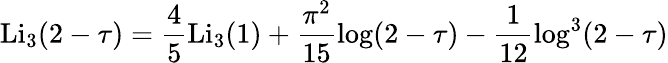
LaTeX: \mathrm{Li}_{3}(2-\tau)=\frac{4}{5}\mathrm{Li}_{3}(1)+\frac{\pi^{2}}{15}\log(2-\tau)-\frac{1}{12}\log^{3}(2-\tau)